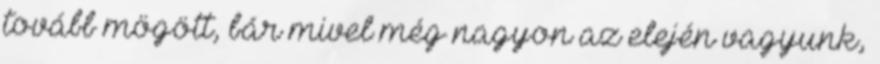
tovább mögött, bár mivel még nagyon az elején vagyunk,